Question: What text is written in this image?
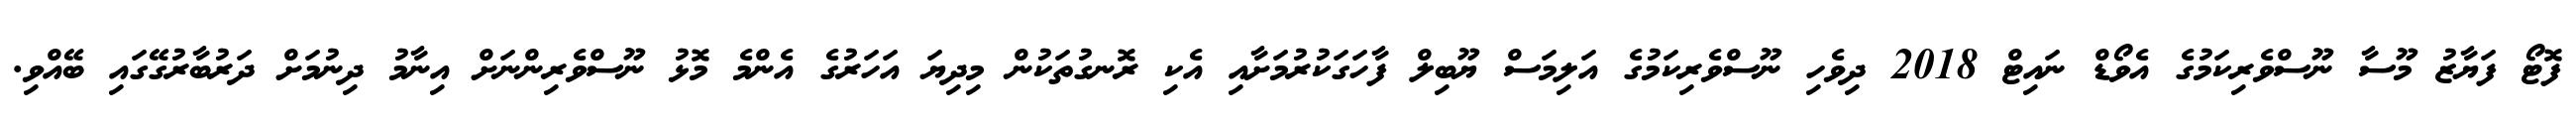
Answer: ފޮޓޯ ފަޔާޒު މޫސާ ނޫސްވެރިކަމުގެ އެވޯޑް ނައިޓް 2018 ދިވެހި ނޫސްވެރިކަމުގެ އަލިމަސް ޔޫބިލް ފާހަގަކުރުމަށާއި އެކި ރޮނގުތަކުން މިދިޔަ އަހަރުގެ އެންމެ މޮޅު ނޫސްވެރިންނަށް އިނާމު ދިނުމަށް ދަރުބާރުގޭގައި ބޭއްވި.